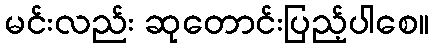
မင်းလည်း ဆုတောင်းပြည့်ပါစေ။